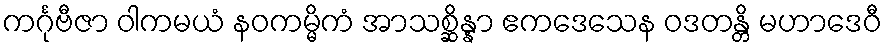
ကင်္ဂုဗီဇာ ဝါကမယံ နဝကမ္မိကံ အာသစ္ဆိန္နာ ဧကဒေသေန ဝဒတန္တိ မဟာဒေဝီ